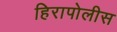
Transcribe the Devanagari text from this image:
हिरापोलीस